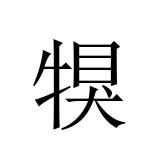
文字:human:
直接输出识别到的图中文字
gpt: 犑